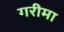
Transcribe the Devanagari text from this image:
गरीमा